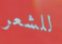
للشعر